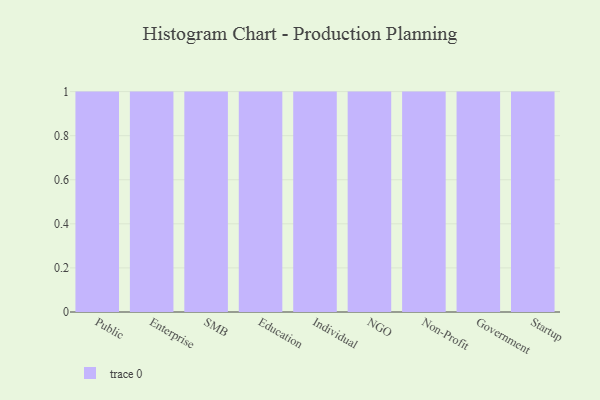
{"axis": {"x": "Segment", "y": "Operating Costs (USD K)"}, "legend": [""], "data": [{"x": "Public", "y": 68, "type": ""}, {"x": "Enterprise", "y": 98, "type": ""}, {"x": "SMB", "y": 80, "type": ""}, {"x": "Education", "y": 1, "type": ""}, {"x": "Individual", "y": 82, "type": ""}, {"x": "NGO", "y": 56, "type": ""}, {"x": "Non-Profit", "y": 61, "type": ""}, {"x": "Government", "y": 40, "type": ""}, {"x": "Startup", "y": 10, "type": ""}]}